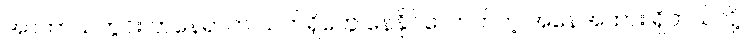
အာကာသတွင်း တနေရာက သက်ရှိတွေ နေနိုင်လောက်တဲ့ အနေအထား ရှိတယ်လို့